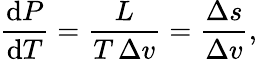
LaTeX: {\frac{\mathrm{d}P}{\mathrm{d}T}}={\frac{L}{T\, \Delta v}}={\frac{\Delta s}{\Delta v}},